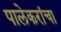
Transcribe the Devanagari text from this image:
पालेकरांचा